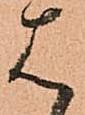
は